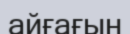
айғағын